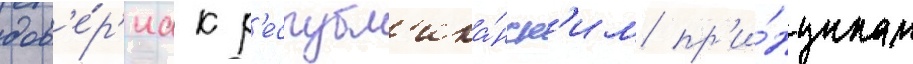
дов'е́р'иа к р'еспубл'ика́нск'им пр'и́нципам